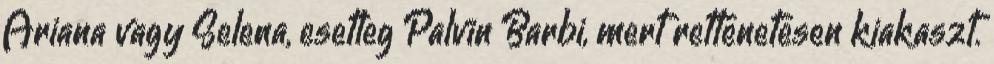
Ariana vagy Selena, esetleg Palvin Barbi, mert rettenetesen kiakaszt.